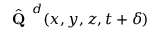
\hat { \textbf { Q } } ^ { d } ( x , y , z , { t + \delta } )